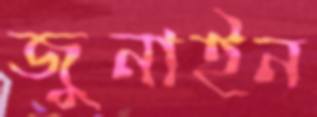
জুনাইন